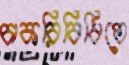
চাকরিবিধিতে